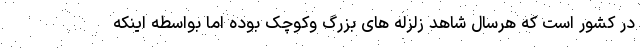
در کشور است که هرسال شاهد زلزله های بزرگ وکوچک بوده اما بواسطه اینکه